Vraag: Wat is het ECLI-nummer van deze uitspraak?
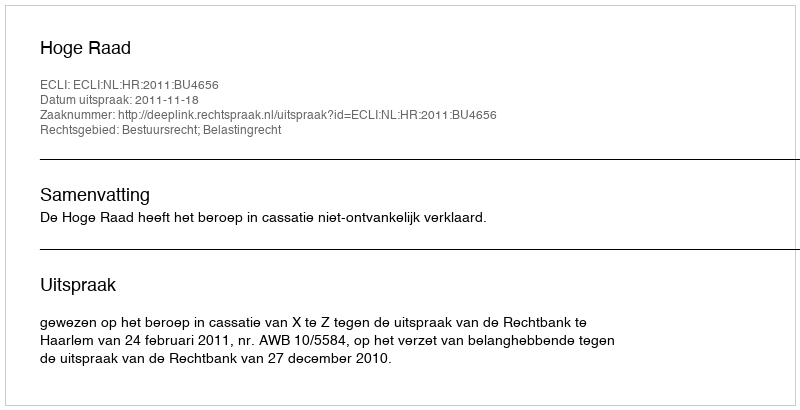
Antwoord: ECLI:NL:HR:2011:BU4656